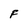
Character: F